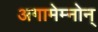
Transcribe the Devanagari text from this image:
अगामेम्नोन्